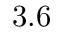
3 . 6